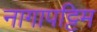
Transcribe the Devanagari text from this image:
नागापट्टिम